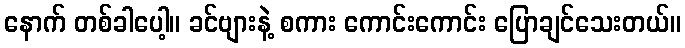
နောက် တစ်ခါပေါ့။ ခင်ဗျားနဲ့ စကား ကောင်းကောင်း ပြောချင်သေးတယ်။